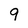
Character: 9